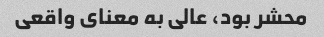
محشر بود، عالی به معنای واقعی